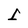
Character: 1